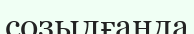
созылғанда